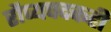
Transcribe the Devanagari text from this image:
रौप्यपदकही